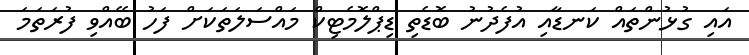
އައި ގުޅުންތައް ކަނޑާއި އުފެދުނު ބޮޑެތި ޑިޕްލޮމެޓިކް މައްސަލަތަކަށް ފަހު ބޭއްވި ފުރަތަމަ